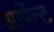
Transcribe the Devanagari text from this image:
आर्पेन्ट